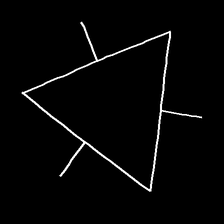
Glyph: fire